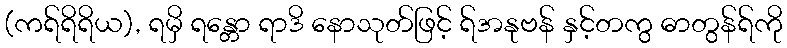
(ကရ်ရိရိယ), ရမှိ ရန္တော ရာဒိ နောသုတ်ဖြင့် ရ်အနုဗန် နှင့်တကွ ဓာတွန်ရ်ကို